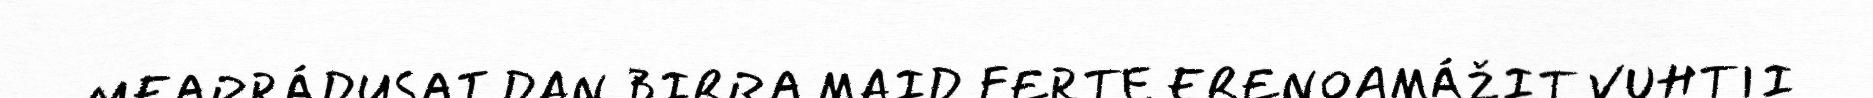
MEARRÁDUSAT DAN BIRRA MAID FERTE ERENOAMÁŽIT VUHTII